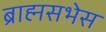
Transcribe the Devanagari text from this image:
ब्राह्मसभेस